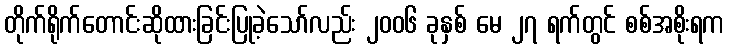
တိုက်ရိုက်တောင်းဆိုထားခြင်းပြုခဲ့သော်လည်း ၂၀၀၆ ခုနှစ် မေ ၂၇ ရက်တွင် စစ်အစိုးရက